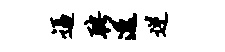
逼聘透逆